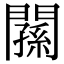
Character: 𨶉